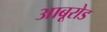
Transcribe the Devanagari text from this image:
आबूरोड